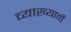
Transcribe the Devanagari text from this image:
व्याख्यावौं